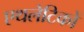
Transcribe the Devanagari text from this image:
एथलेटिकों